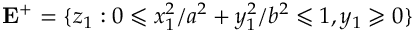
\mathbf { E } ^ { + } = \{ z _ { 1 } : 0 \leqslant x _ { 1 } ^ { 2 } / a ^ { 2 } + y _ { 1 } ^ { 2 } / b ^ { 2 } \leqslant 1 , y _ { 1 } \geqslant 0 \}